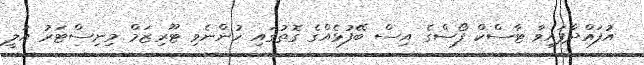
އުފައްދާފައިވާ ޓާސްކް ފޯސްގެ އިސް ބޭފުޅެއްގެ ގޮތުގައި ހުންނެވި ޓޫރިޒަމް މިނިސްޓަރު އަލީ